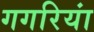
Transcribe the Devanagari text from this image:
गगरियां